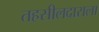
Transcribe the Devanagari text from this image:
तहसीलदाराला